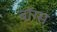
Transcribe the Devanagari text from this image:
बॉग्स